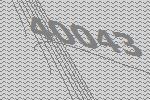
40043